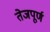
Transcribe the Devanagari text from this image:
तेजपूर्ण